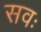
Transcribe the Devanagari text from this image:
सवः